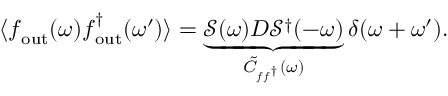
\langle \boldsymbol { f } _ { \mathrm { o u t } } ( \omega ) \boldsymbol { f } _ { \mathrm { o u t } } ^ { \dagger } ( \omega ^ { \prime } ) \rangle = \underbrace { \mathcal { S } ( \omega ) D \mathcal { S } ^ { \dagger } ( - \omega ) } _ { \tilde { C } _ { \boldsymbol { f } \boldsymbol { f } ^ { \dagger } } ( \omega ) } \delta ( \omega + \omega ^ { \prime } ) .